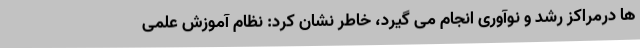
ها درمراکز رشد و نوآوری انجام می گیرد، خاطر نشان کرد: نظام آموزش علمی